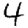
Digit: 4